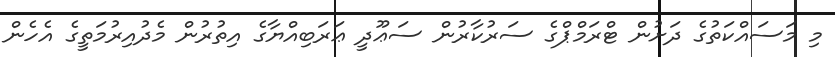
މި މަސައްކަތުގެ ދަށުން ޓްރަމްޕްގެ ސަރުކާރުން ސަޢޫދީ ޢަރަބިއްޔާގެ އިތުރުން މެދުއިރުމަތީގެ އެހެން